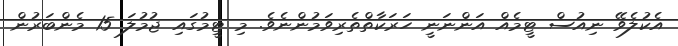
އެކުލެވޭ ނިއުސް ޓީމެއް އަންނަނީ ހަރަކާތްތެރިވަމުންނެވެ. މި ޓީމުގައި ޖުމުލަ 15 މެންބަރުން